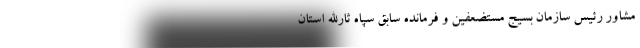
مشاور رئیس سازمان بسیج مستضعفین و فرمانده سابق سپاه ثارالله استان